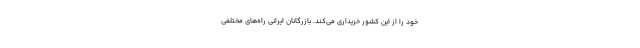
خود را از این کشور خریداری می‌کند. بازرگانان ایرانی راه‌های مختلفی